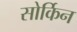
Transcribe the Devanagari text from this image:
सोर्किन